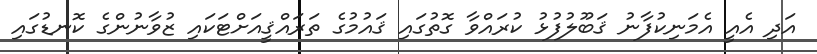
އަދި އެއީ އެމަނިކުފާނު ޤަބޫލުފުޅު ކުރައްވާ ގޮތުގައި ޤައުމުގެ ތަރައްޤީއަށްޓަކައި ޒުވާނުންގެ ކޮނޑުގައި